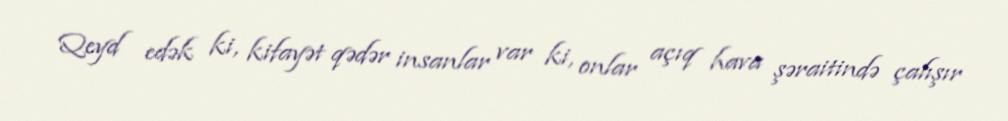
Qeyd edək ki, kifayət qədər insanlar var ki, onlar açıq hava şəraitində çalışır